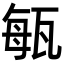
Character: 𤭐